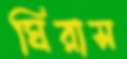
ঘিরাস